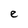
Character: e